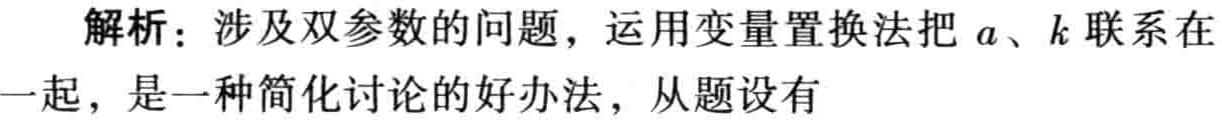
解析：涉及双参数的问题，运用变量置换法把 \(a\)、\(k\) 联系在一起，是一种简化讨论的好办法，从题设有